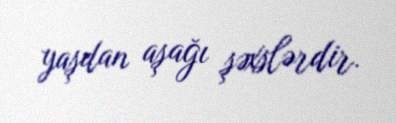
yaşdan aşağı şəxslərdir.